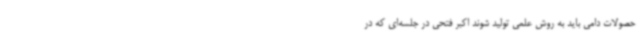
حصولات دامی باید به روش علمی تولید شوند اکبر فتحی در جلسه‌ای که در